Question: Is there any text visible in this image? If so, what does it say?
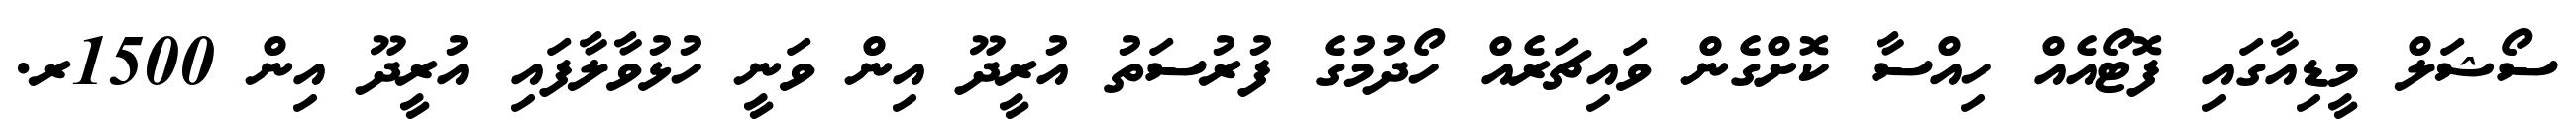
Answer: ސޯޝަލް މީޑިއާގައި ފޮޓޯއެއް ހިއްސާ ކޮށްގެން ވައިޗަރެއް ހޯދުމުގެ ފުރުސަތު އުރީދޫ އިން ވަނީ ހުޅުވާލާފައި އުރީދޫ އިން 1500ރ.